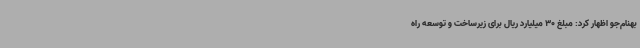
بهنام‌جو اظهار کرد: مبلغ 30 میلیارد ریال برای زیرساخت و توسعه راه